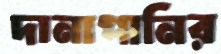
দানাপানির